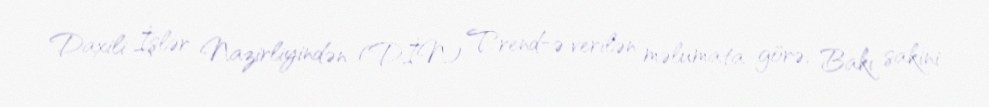
Daxili İşlər Nazirliyindən (DİN) Trend-ə verilən məlumata görə, Bakı sakini